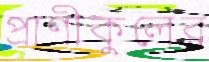
প্রাণীকুলের